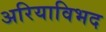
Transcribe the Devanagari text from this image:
अरियाविभद